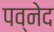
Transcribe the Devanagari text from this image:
पव्नेद